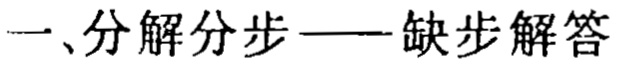
一、分解分步——缺步解答